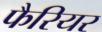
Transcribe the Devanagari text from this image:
फैरियर